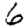
Digit: 6